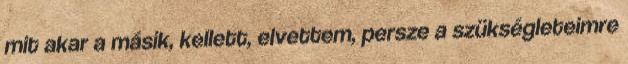
mit akar a másik, kellett, elvettem, persze a szükségleteimre